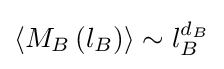
\left\langle M_{B}\left(l_{B}\right)\right\rangle \sim l_{B}^{d_{B}}